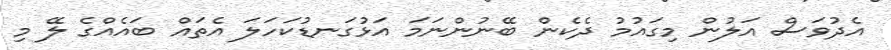
އެދުވަސް އަލުން މިގައުމު ދެކެން ބޭނުންނަމަ އަޅުގަނޑުކަހަލަ އެތައް ބައެއްގެ ލޭ މި